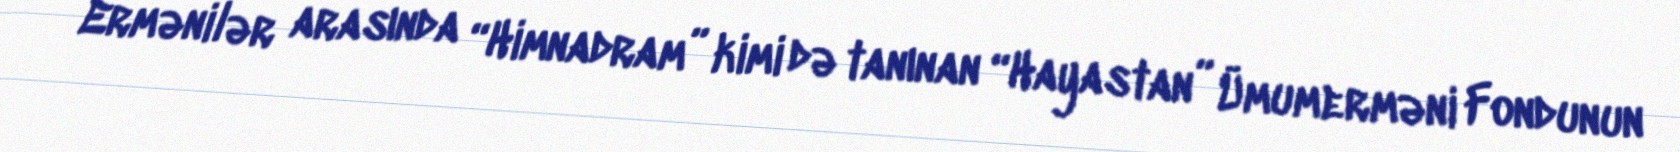
Ermənilər arasında “Himnadram” kimi də tanınan “Hayastan” Ümumerməni Fondunun